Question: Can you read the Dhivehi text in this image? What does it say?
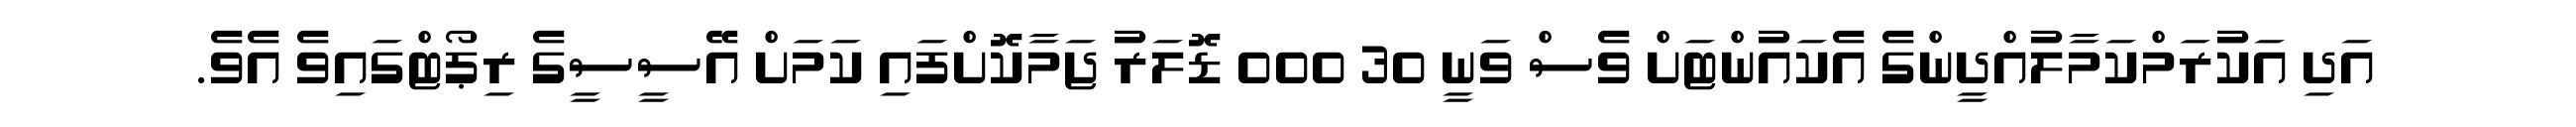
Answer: އަދި އަކުރަމްކަމާލުއްދީންގެ އެކައުންޓަށް ވެސް ވަނީ 30 000 ޑޮލަރު ޖަމާކޮށްފައި ކަމަށް އޭސީސީގެ ރިޕޯޓްގައިވެ އެވެ.